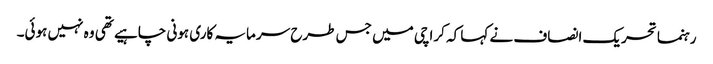
رہنما تحریک انصاف نے کہا کہ کراچی میں جس طرح سرمایہ کاری ہونی چاہیے تھی وہ نہیں ہوئی۔